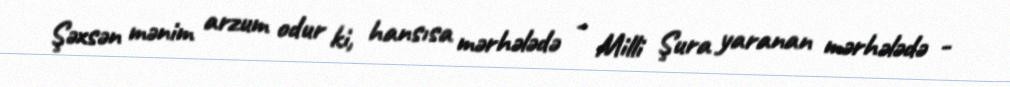
Şəxsən mənim arzum odur ki, hansısa mərhələdə - Milli Şura yaranan mərhələdə -